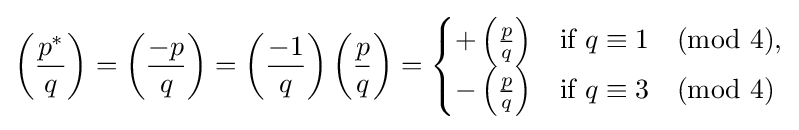
\left({\frac {p^{*}}{q}}\right)=\left({\frac {-p}{q}}\right)=\left({\frac {-1}{q}}\right)\left({\frac {p}{q}}\right)={\begin{cases}+\left({\frac {p}{q}}\right)&{\mbox{if }}q\equiv 1{\pmod {4}},\\-\left({\frac {p}{q}}\right)&{\mbox{if }}q\equiv 3{\pmod {4}}\end{cases}}